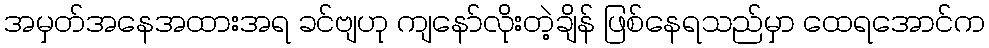
အမှတ်အနေအထားအရ ခင်ဗျဟု ကျနော်လိုးတဲ့ချိန် ဖြစ်နေရသည်မှာ ထေရအောင်က